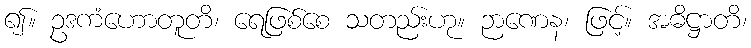
၍။ ဥဒကံဟောတူတိ၊ ရေဖြစ်စေ သတည်းဟု။ ဉာဏေန၊ ဖြင့်။ အဓိဋ္ဌာတိ၊